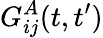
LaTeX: G_{ij}^{A}(t,t^{\prime})